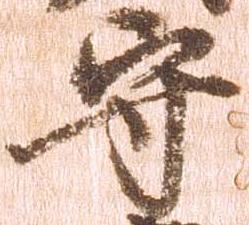
守